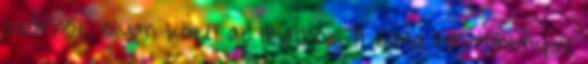
szőrhöz, olyan közel az állathoz. A sima haj többnyire